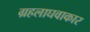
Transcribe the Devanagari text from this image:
ग्रहलाघवाकार